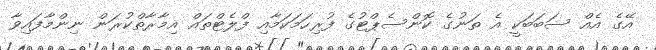
އޭގެ އެއް ސަބަބަކީ އެ ތަނުގެ ކޮންސެޕްޓުގެ ފުރިހަމަކަމާއި ފްލެޓްތައް އިމާރާތްކުރަން ނިންމާފައިވާ